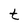
Character: t